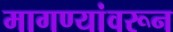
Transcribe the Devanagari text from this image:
मागण्यांवरून